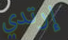
إرتدي